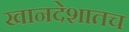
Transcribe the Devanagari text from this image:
खानदेशातच